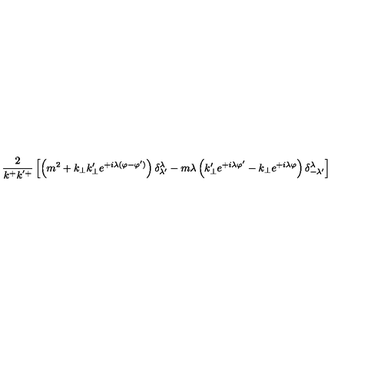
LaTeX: \frac { 2 } { k ^ { + } k ^ { ' + } } \left[ \left( m ^ { 2 } + k _ { \perp } k _ { \perp } ^ { \prime } e ^ { + i \lambda ( \varphi - \varphi ^ { \prime } ) } \right) \delta _ { \lambda ^ { \prime } } ^ { \lambda } - m \lambda \left( k _ { \perp } ^ { \prime } e ^ { + i \lambda \varphi ^ { \prime } } - k _ { \perp } e ^ { + i \lambda \varphi } \right) \delta _ { - \lambda ^ { \prime } } ^ { \lambda } \right]